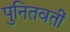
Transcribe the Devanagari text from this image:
पुनितवतीं